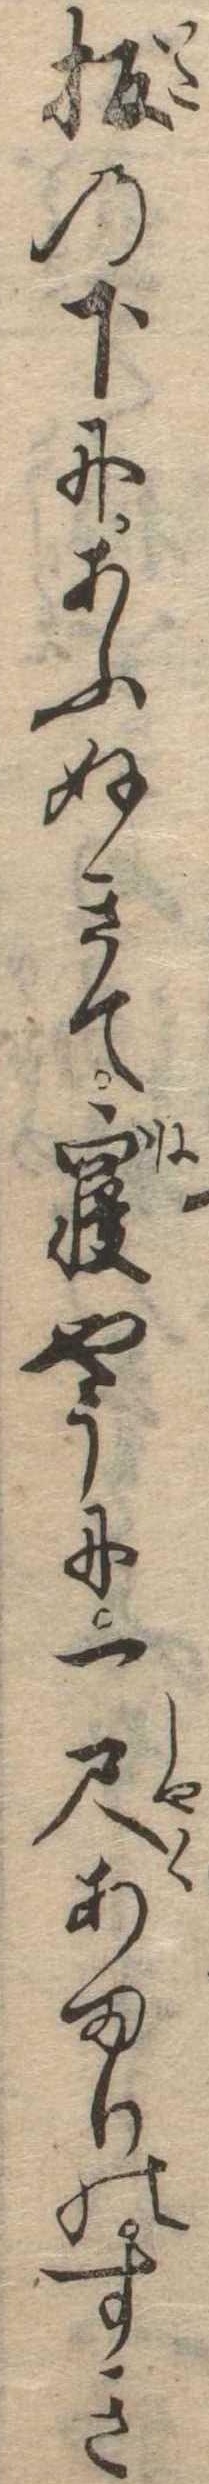
板の下にあふぬきて寝やうに一尺あまりのすき